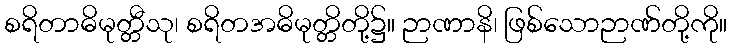
စရိတာဓိမုတ္တီသု၊ စရိတအဓိမုတ္တိတို့၌။ ဉာဏာနိ၊ ဖြစ်သောဉာဏ်တို့ကို။